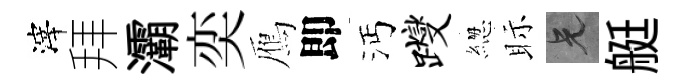
滓拜灞奕鴈即沔躞緫眎兄艇